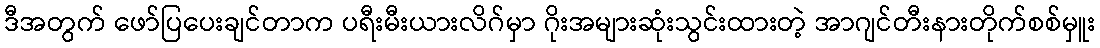
ဒီအတွက် ဖော်ပြပေးချင်တာက ပရီးမီးယားလိဂ်မှာ ဂိုးအများဆုံးသွင်းထားတဲ့ အာဂျင်တီးနားတိုက်စစ်မှူး